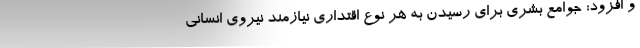
و افزود: جوامع بشری برای رسیدن به هر نوع اقتداری نیازمند نیروی انسانی